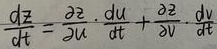
\[\frac{dz}{dt}=\frac{\partial z}{\partial u}\cdot\frac{du}{dt}+\frac{\partial z}{\partial v}\cdot\frac{dv}{dt}\]